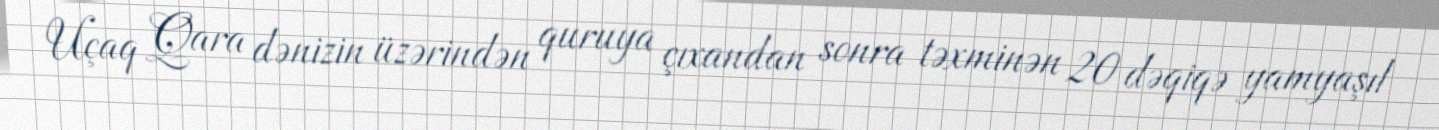
Uçaq Qara dənizin üzərindən quruya çıxandan sonra təxminən 20 dəqiqə yamyaşıl